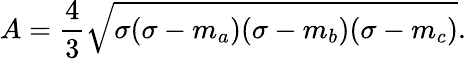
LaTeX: A={\frac{4}{3}}{\sqrt{\sigma(\sigma-m_{a})(\sigma-m_{b})(\sigma-m_{c})}}.